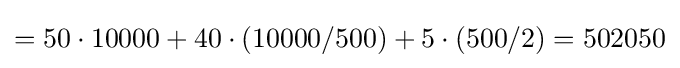
=50\cdot 10000+40\cdot (10000/500)+5\cdot (500/2)=502050